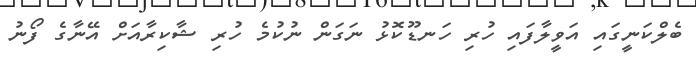
ބެލްކަނީގައި އަވީލާފައި ހުރި ހަނޑޫކޮޅު ނަގަން ނުކުމެ ހުރި ޝާކިރާއަށް އޭނާގެ ފޯނު